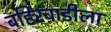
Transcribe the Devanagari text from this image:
बहिरवाडीला